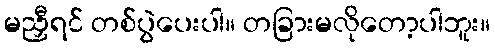
မညှီရင် တစ်ပွဲပေးပါ။ တခြားမလိုတော့ပါဘူး။